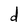
Character: d